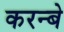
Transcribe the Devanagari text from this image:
करन्बे